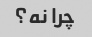
چرا نه؟